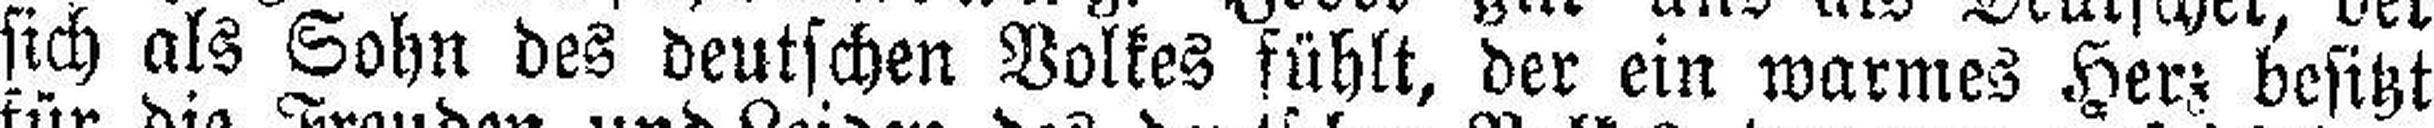
sich als Sohn des deutschen Volkes fühlt, der ein warmes Herz besitzt